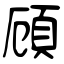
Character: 頋